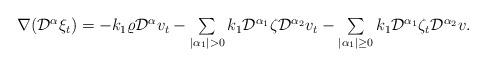
LaTeX: \begin{align*}\begin{array}{ll}\nabla(\mathcal{D}^{\alpha}\xi_t)= -k_1 \varrho\mathcal{D}^{\alpha}v_t-\sum\limits_{|\alpha_1|>0} k_1\mathcal{D}^{\alpha_1}\zeta \mathcal{D}^{\alpha_2}v_t-\sum\limits_{|\alpha_1|\geq 0} k_1\mathcal{D}^{\alpha_1}\zeta_t \mathcal{D}^{\alpha_2}v.\end{array}\end{align*}